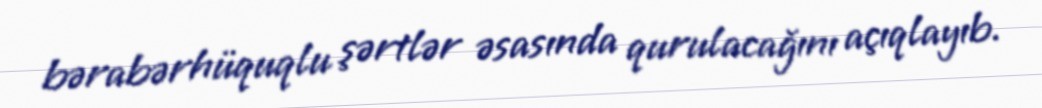
bərabərhüquqlu şərtlər əsasında qurulacağını açıqlayıb.